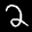
Label: 2